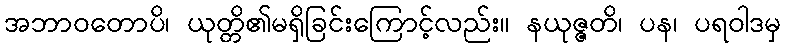
အဘာဝတောပိ၊ ယုတ္တိ၏မရှိခြင်းကြောင့်လည်း။ နယုဇ္ဇတိ၊ ပန၊ ပရဝါဒမှ